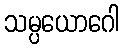
သမ္ပယောဂေါ